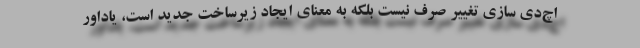
اچ‌دی سازی تغییر صرف نیست بلکه به معنای ایجاد زیرساخت جدید است، یاداور